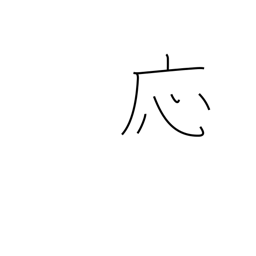
Meaning: OK